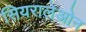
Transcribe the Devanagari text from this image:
सियरालेओन